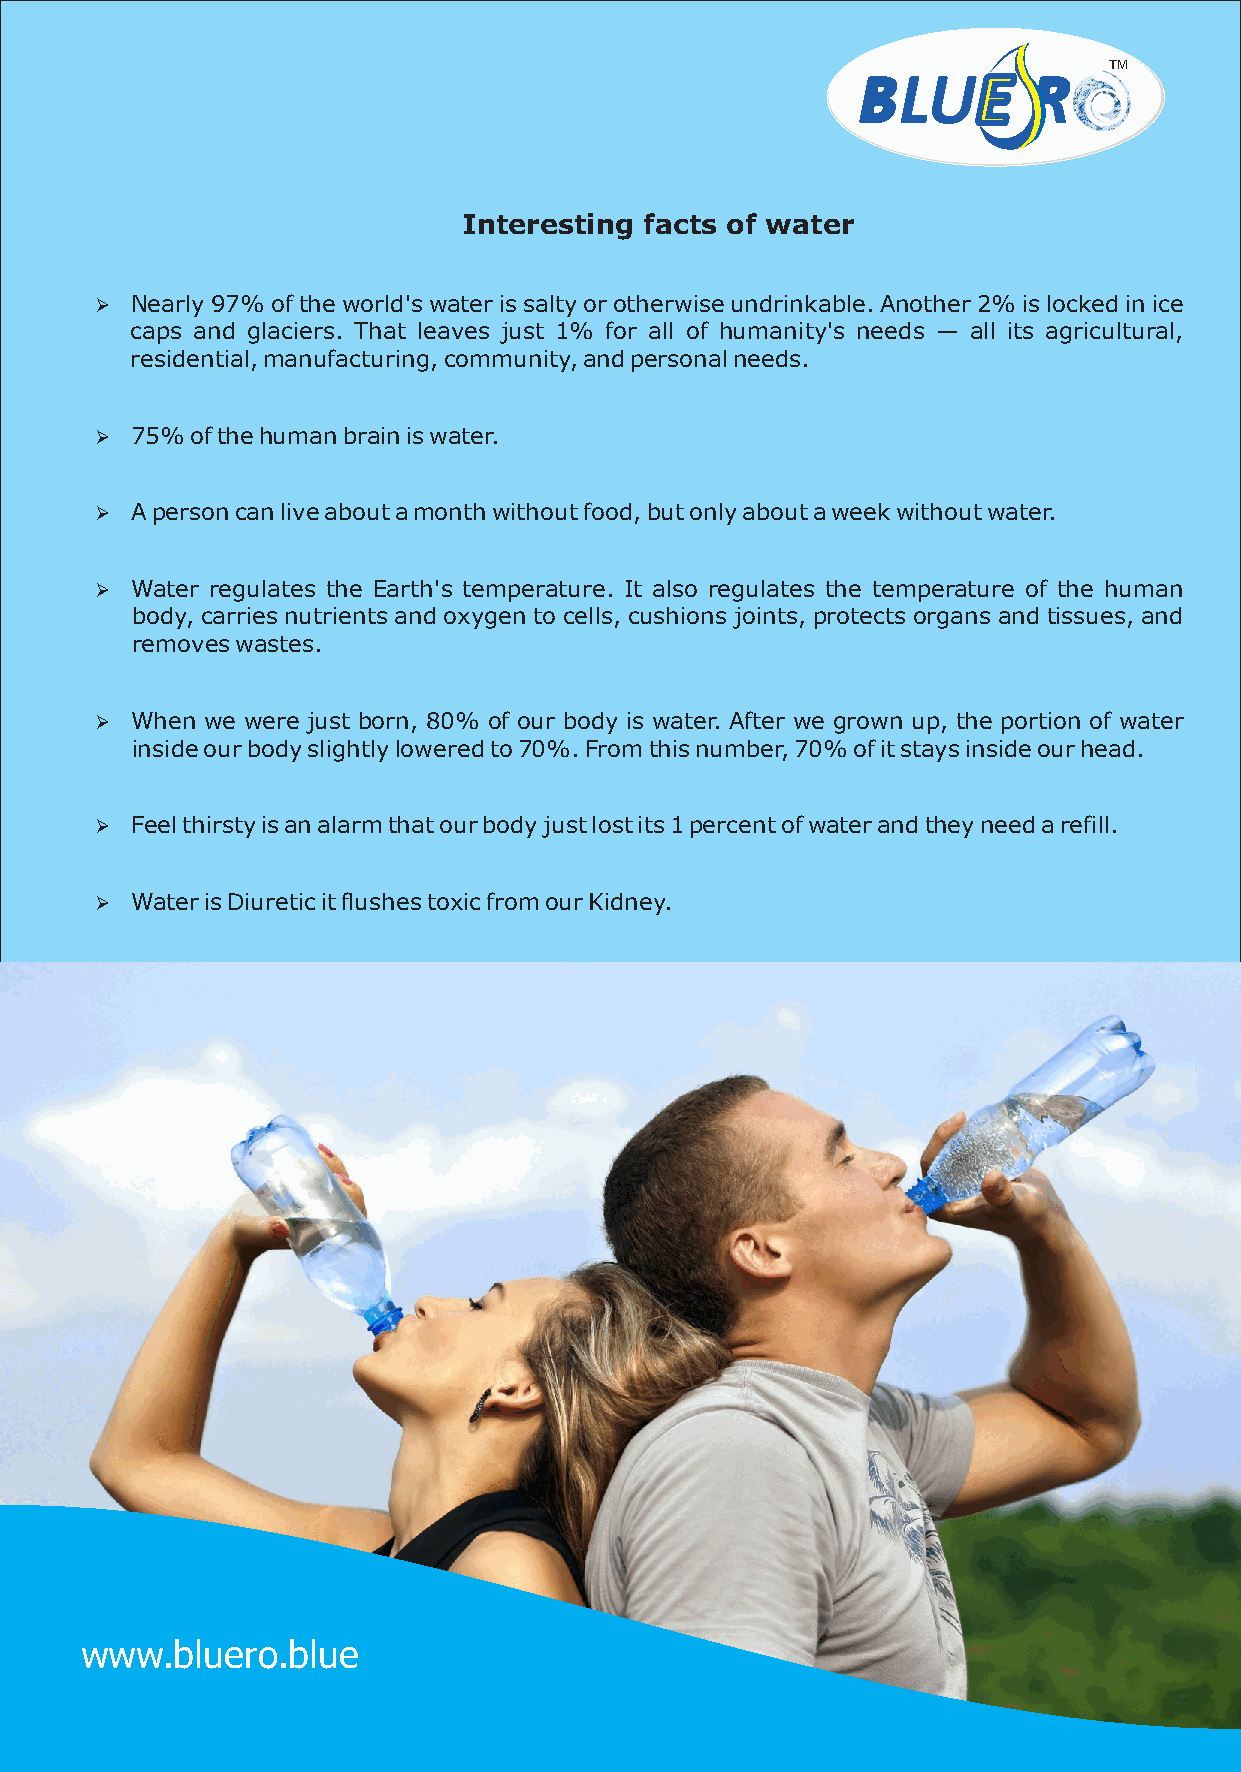
TM
 Interesting facts of water
 Ø  Nearly 97% of the world's water is salty or otherwise undrinkable. Another 2% is locked in ice
 caps and glaciers. That leaves just 1% for all of humanity's needs — all its agricultural,
 residential, manufacturing, community, and personal needs.
 Ø  75% of the human brain is water.
 Ø  A person can live about a month without food, but only about a week without water.
 Ø  Water regulates the Earth's temperature. It also regulates the temperature of the human
 body, carries nutrients and oxygen to cells, cushions joints, protects organs and tissues, and
 removes wastes.
 Ø  When we were just born, 80% of our body is water. After we grown up, the portion of water
 inside our body slightly lowered to 70%. From this number, 70% of it stays inside our head.
 Ø  Feel thirsty is an alarm that our body just lost its 1 percent of water and they need a refill.
 Ø  Water is Diuretic it flushes toxic from our Kidney.
 wwwwwwwwwwww....bbbblllluuuueeeerrrroooo....bbbblllluuuueeee